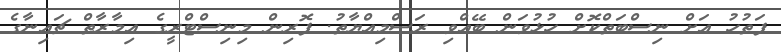
ފަތުހު އަށް ނިސްބަތްކޮށް ހުޅުވަން ބޭއްވި ރަސްމިއްޔާތު. ފޮރިން މިނިސްޓްރީގެ އިމާރާތް ޗައިނާގެ